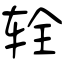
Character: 辁